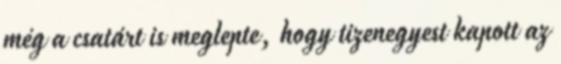
még a csatárt is meglepte, hogy tizenegyest kapott az